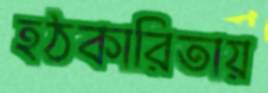
হঠকারিতায়